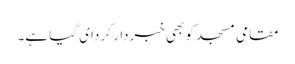
مقامی مسجد کو بھی خبردار کر دای گیا ہے۔